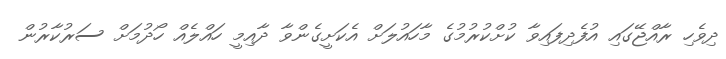
ދިވެހި ރާއްޖޭގައި އުފެދިފައިވާ ކުށްކުރުމުގެ މާހައުލަށް އެކަށީގެންވާ ދާއިމީ ހައްލެއް ހޯދުމަށް ސަރުކާރުން